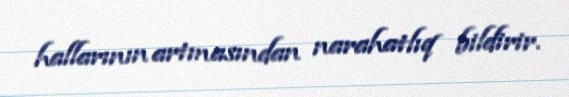
hallarının artmasından narahatlıq bildirir.